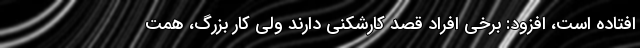
افتاده است، افزود: برخی افراد قصد کارشکنی دارند ولی کار بزرگ، همت